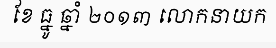
ខែ ធ្នូ ឆ្នាំ ២០១៣ លោកនាយក